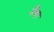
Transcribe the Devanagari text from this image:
मेँथा